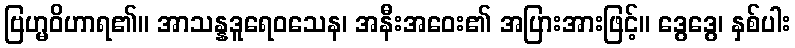
ဗြဟ္မဝိဟာရ၏။ အာသန္နဒူရေဝသေန၊ အနီးအဝေး၏ အပြားအားဖြင့်။ ဒွေဒွေ၊ နှစ်ပါး